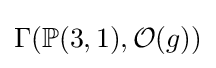
\Gamma (\mathbb {P} (3,1),{\mathcal {O}}(g))